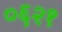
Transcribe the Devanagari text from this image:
०६२१